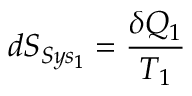
d S _ { S y s _ { 1 } } = { \frac { \delta Q _ { 1 } } { T _ { 1 } } }